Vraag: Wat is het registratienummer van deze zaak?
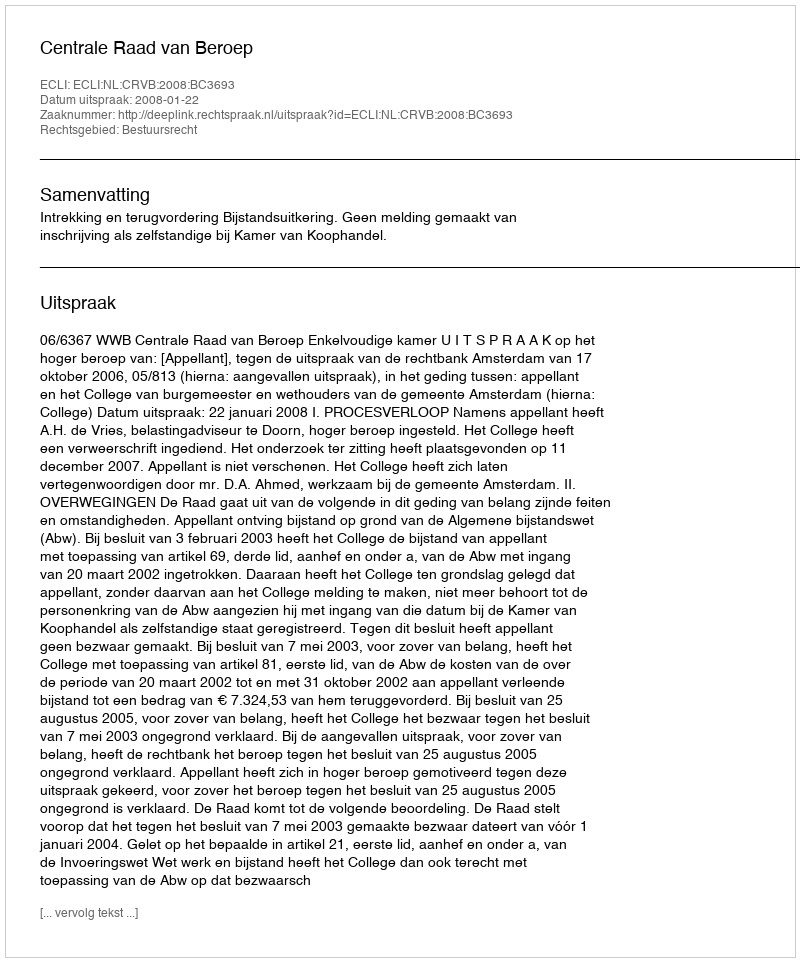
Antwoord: http://deeplink.rechtspraak.nl/uitspraak?id=ECLI:NL:CRVB:2008:BC3693